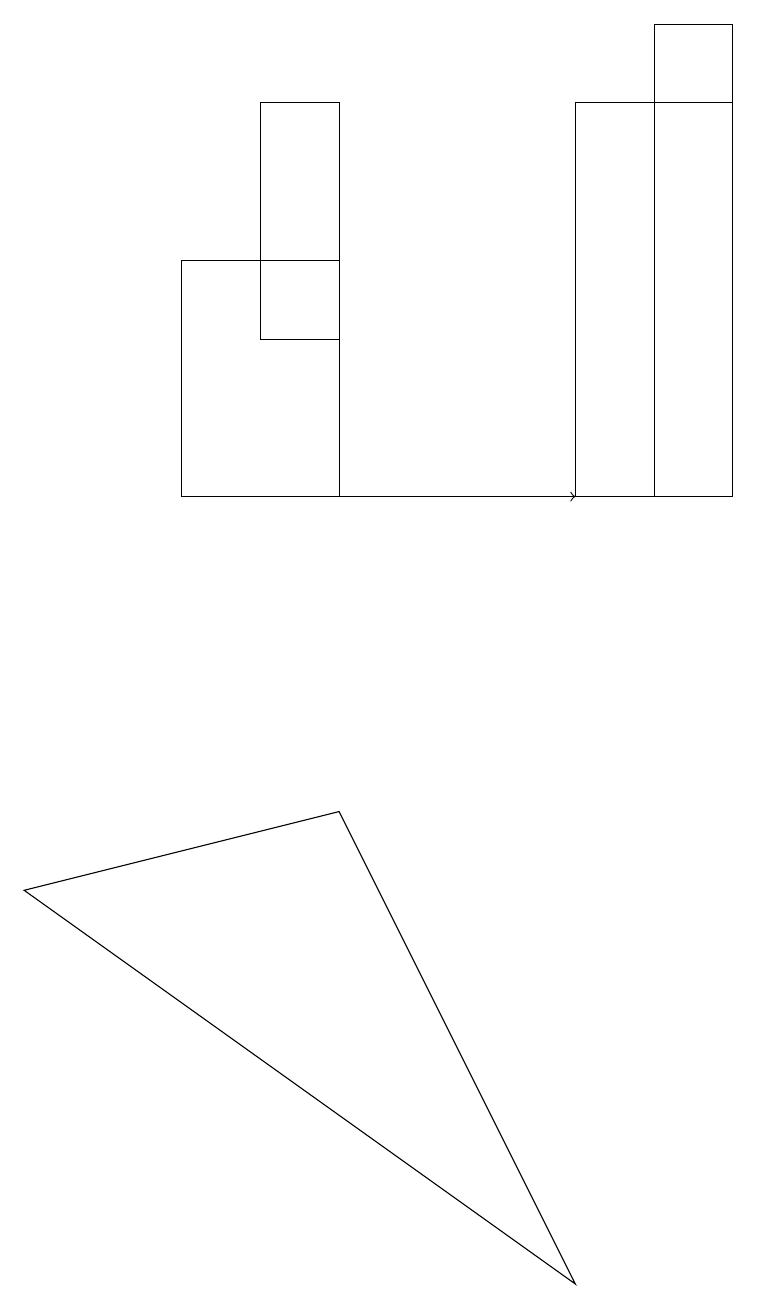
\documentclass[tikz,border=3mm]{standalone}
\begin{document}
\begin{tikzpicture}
\draw (3,15) rectangle (4,12);
\draw (2,13) rectangle (4,10);
\draw (9,15) rectangle (7,10);
\draw (4,6) -- (0,5) -- (7,0) -- cycle;
\draw[->] (3,10) -- (7,10);
\draw (9,16) rectangle (8,10);
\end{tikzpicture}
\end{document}